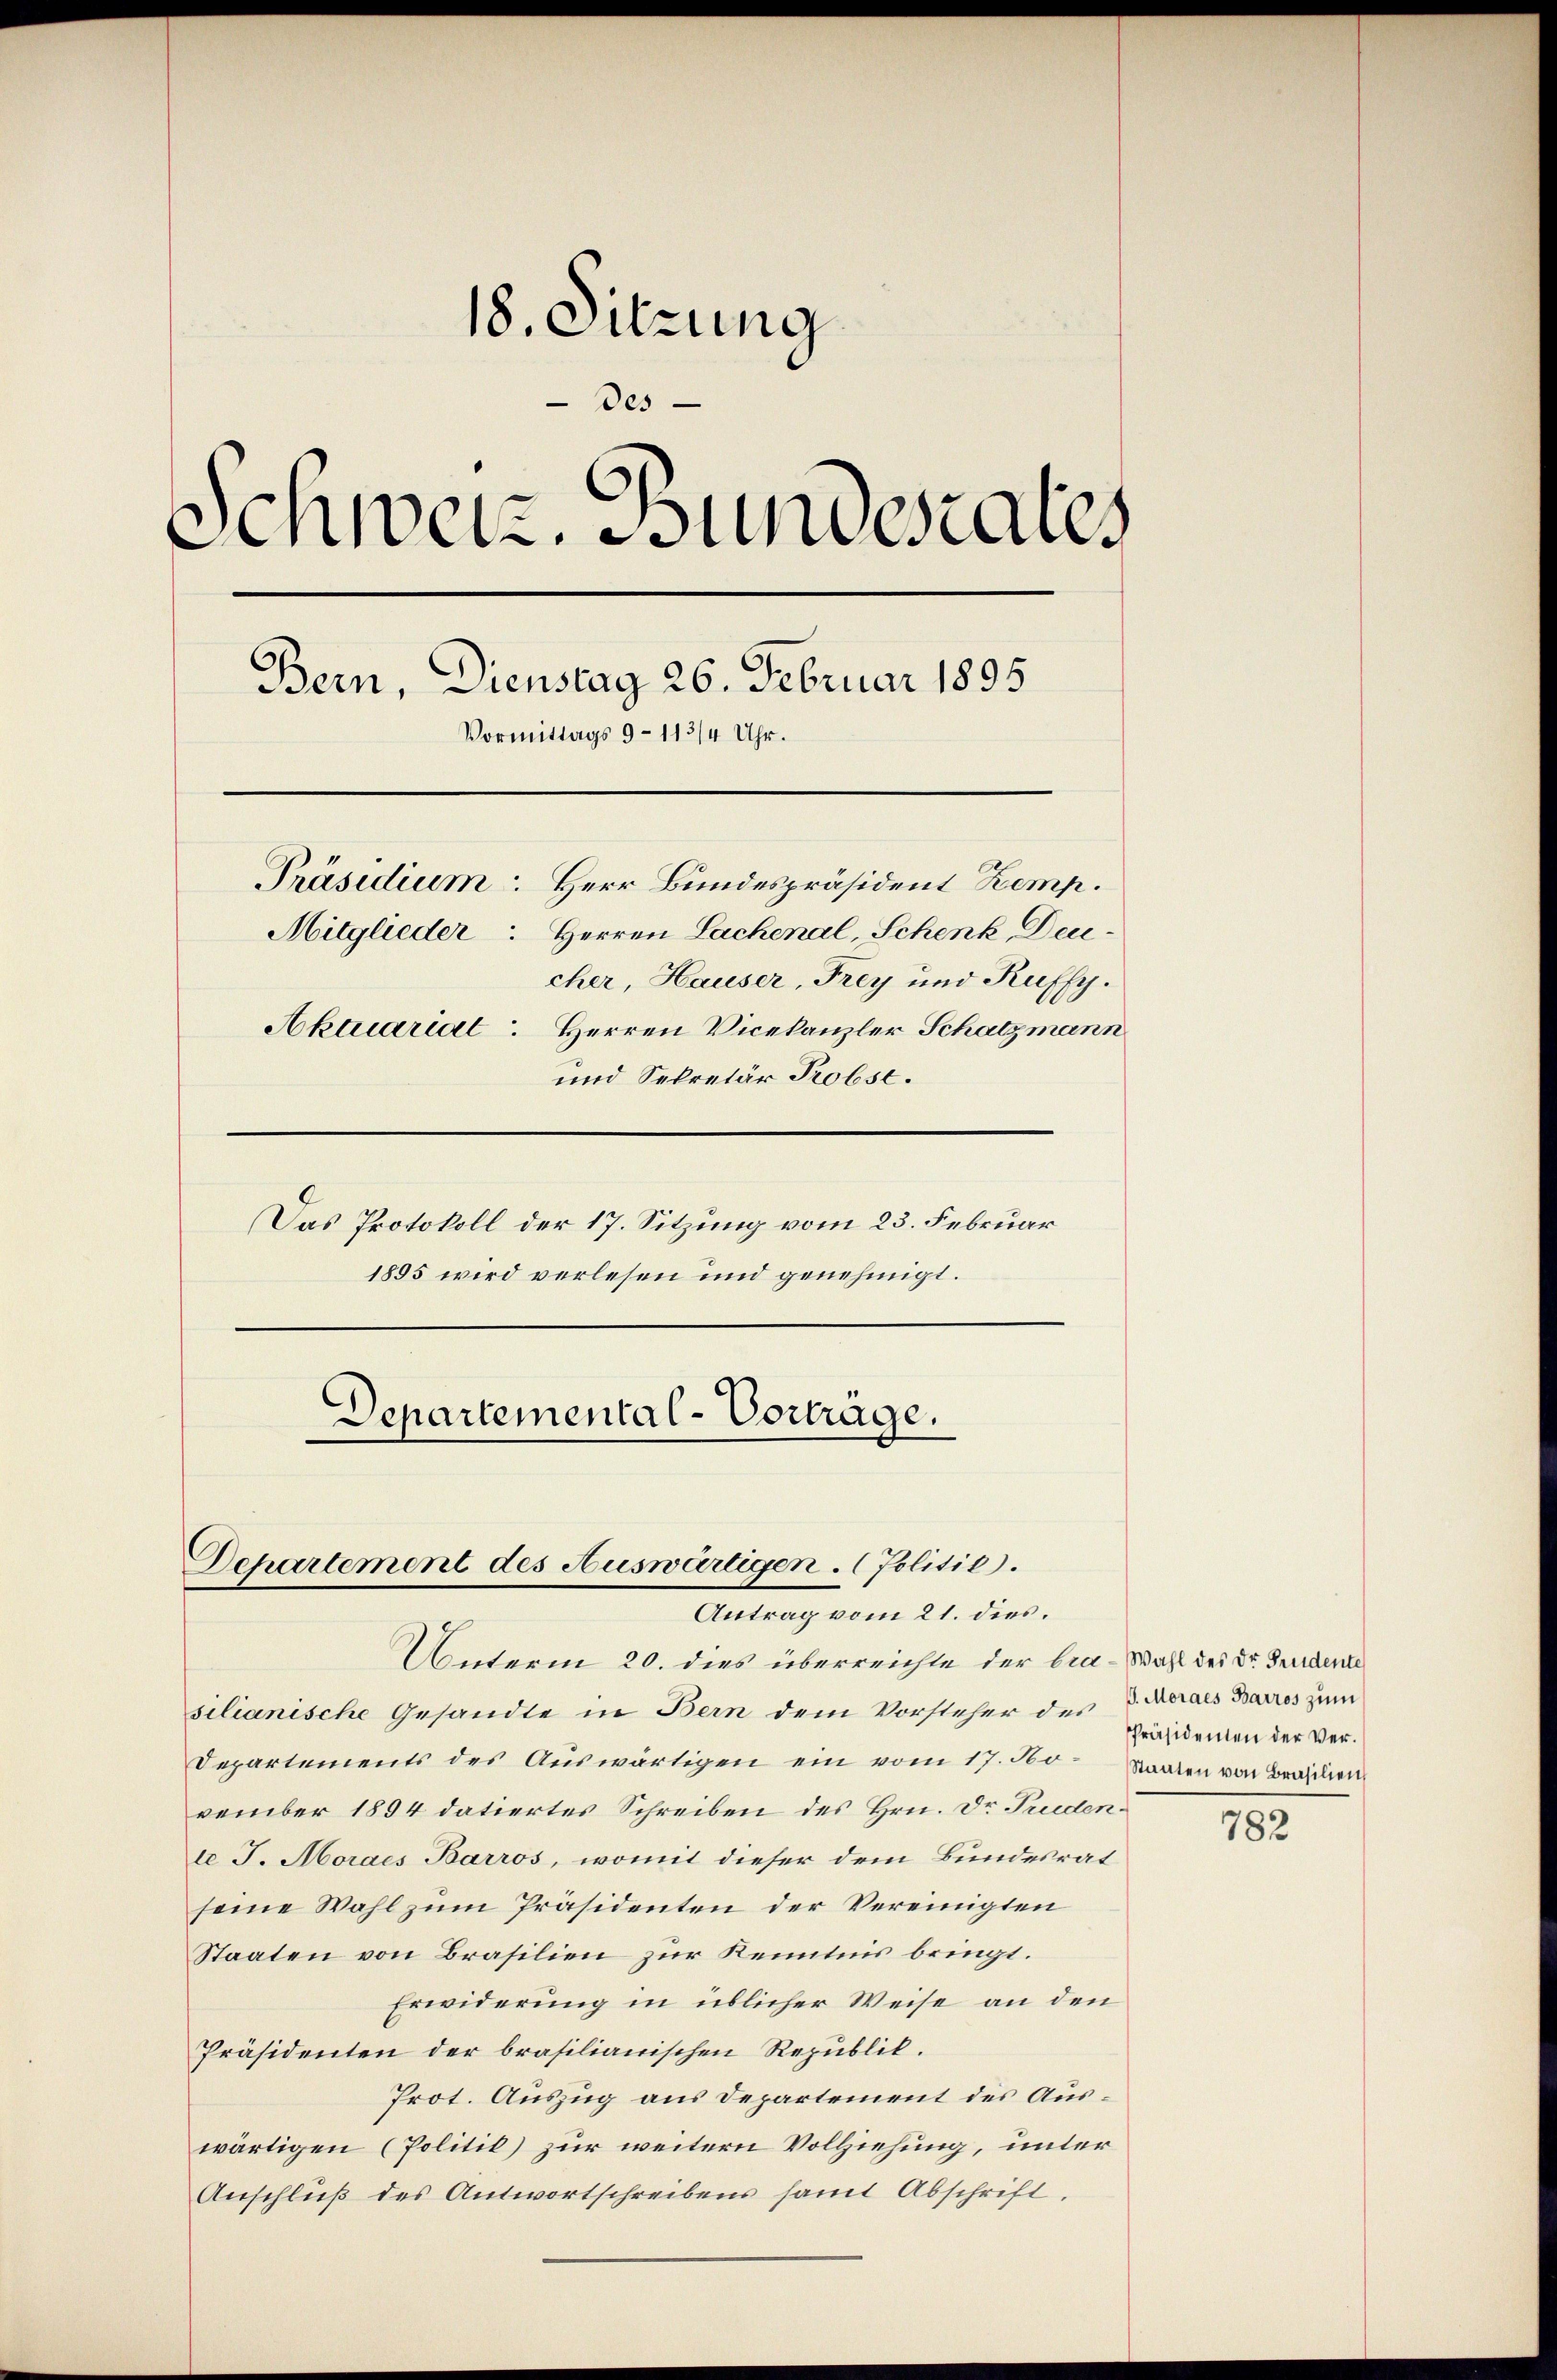
18. Sitzung
Des
Schweiz. Stundesaus
Bern, Dienstag 26. Februar 1895
Vormittags 9 - 113/4 Uhr.
Präsidium Herr Bundespräsident Kemp.
Mitglieder Herren Sachenal, Schenk, Deucher, Hauser, Frey und Kuffy.
Aktuariat. Herren Vicekanzler Schatzmann
und Sekretär Probst.
Das Protokoll der 17. Sitzung vom 23. Februar
1895 wird verlesen und genehmigt.
Departemental-Vorträge.

Departement des Auswärtigen. (Politie.
Antrag vom 21. dies.

Unterm 20. dies überreichte der bra-Wahl des Dr. Fridente
silianische Gesandte in Bern dem Vorsteher des J. Aerars Barros zum
Departements des Auswärtigen ein vom 17. No. Staaten von Brasien
vember 1894 datiertes Schreiben des Hrn. Dr Truden.
 J. Mordes Barros, womit dieser dem Bundesrat
seine Wahl zum Präsidenten der Vereinigten
Staaten von Brasilien zur Kenntnis bringt.
Erwiderung in üblicher Weise an den
Präsidenten der brasilianischen Republik.
Prot. Auszug aus Departement des Auswärtigen (Politik) zur weitern Vollziehung, unter
Anschluß des Antwortschreibens samt Abschrift.

Präsidenten der Ver¬

782